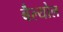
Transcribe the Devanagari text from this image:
बैल्योल